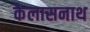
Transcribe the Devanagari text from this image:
कैलासनाथ